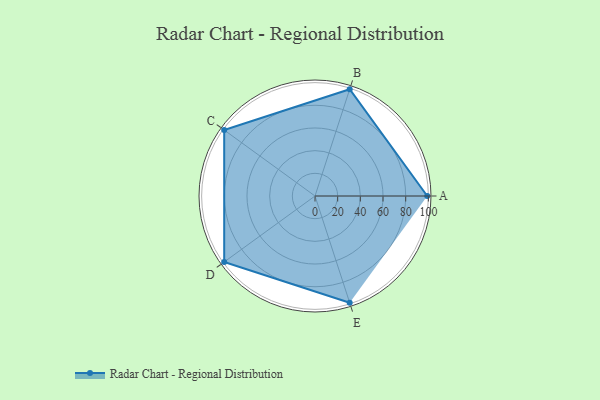
{"axis": {"x": "Skill", "y": "Score"}, "legend": ["Profile"], "data": [{"x": "A", "y": 99, "type": "Profile"}, {"x": "B", "y": 99, "type": "Profile"}, {"x": "C", "y": 99, "type": "Profile"}, {"x": "D", "y": 99, "type": "Profile"}, {"x": "E", "y": 99, "type": "Profile"}]}